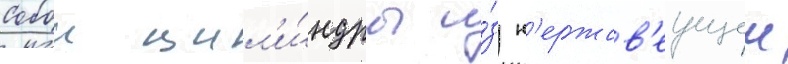
собои цил'и́ндры и́з н'ержав'еущеи